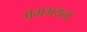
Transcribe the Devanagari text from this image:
प्रेममयता